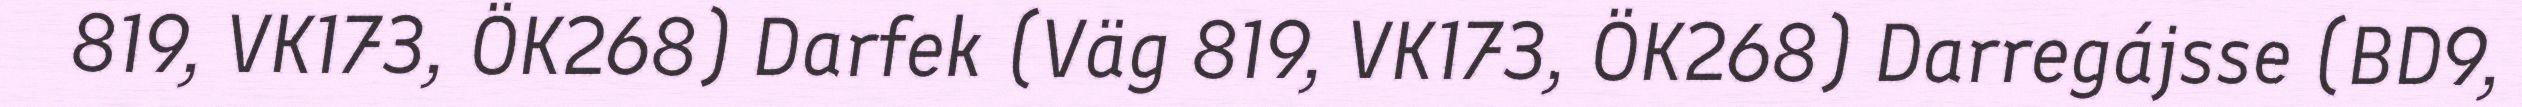
819, VK173, ÖK268) Darfek (Väg 819, VK173, ÖK268) Darregájsse (BD9,